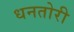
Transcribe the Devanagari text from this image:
धनतोरी